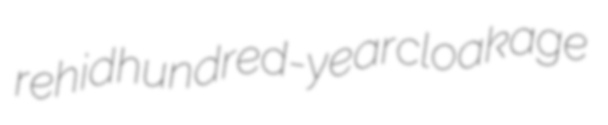
rehid hundred-year cloakage